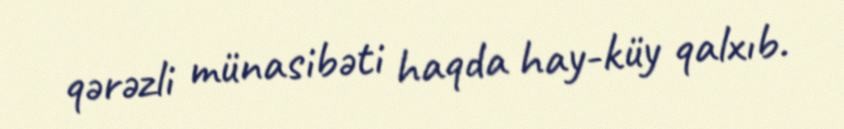
qərəzli münasibəti haqda hay-küy qalxıb.